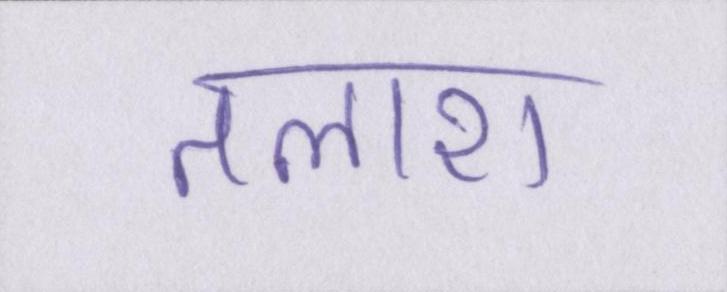
तलाश